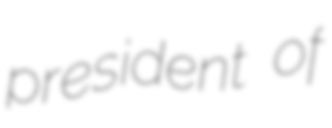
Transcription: president of